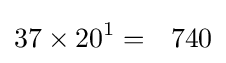
37\times 20^{1}=\ \ 740